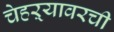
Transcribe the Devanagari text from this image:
चेहऱ्यावरची